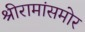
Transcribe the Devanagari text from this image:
श्रीरामांसमोर